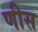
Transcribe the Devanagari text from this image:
णीस